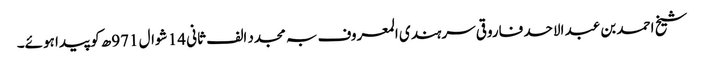
شیخ احمد بن عبد الاحد فاروقی سرہندی المعروف بہ مجدد الف ثانی 14 شوال 971ھ کو پیدا ہوئے۔